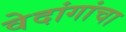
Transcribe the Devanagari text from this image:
वेदांगांचा